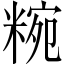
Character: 𥺹